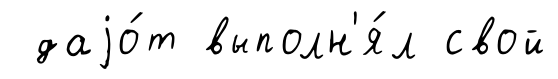
даjо́т выполн'я́л свой